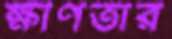
ক্ষীণতার